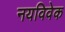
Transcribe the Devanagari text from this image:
नयविवेक